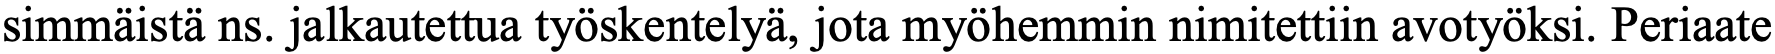
simmäistä ns. jalkautettua työskentelyä, jota myöhemmin nimitettiin avotyöksi. Periaate